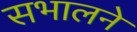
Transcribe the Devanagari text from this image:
सभालने